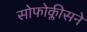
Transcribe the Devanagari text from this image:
सोफोक्लीसने